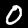
Digit: 0